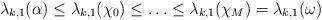
LaTeX: \begin{align*}\lambda_{k,1}(\alpha) \le \lambda_{k,1}(\chi_0) \le \ldots \le \lambda_{k,1}(\chi_M)=\lambda_{k,1}(\omega)\end{align*}